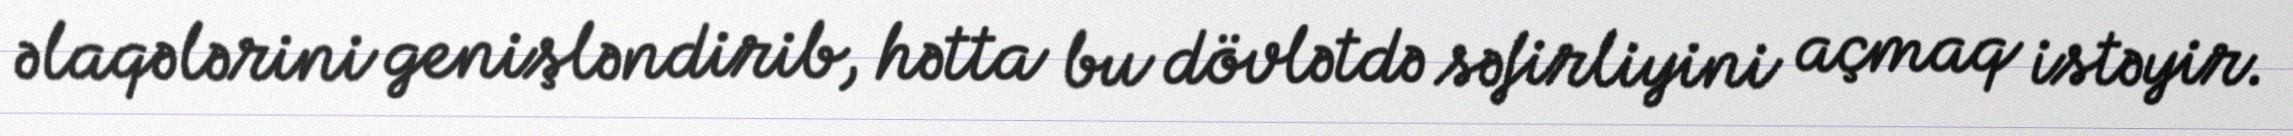
əlaqələrini genişləndirib, hətta bu dövlətdə səfirliyini açmaq istəyir.